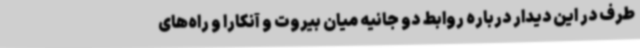
طرف در این دیدار درباره روابط دو جانیه میان بیروت و آنکارا و راه‌های